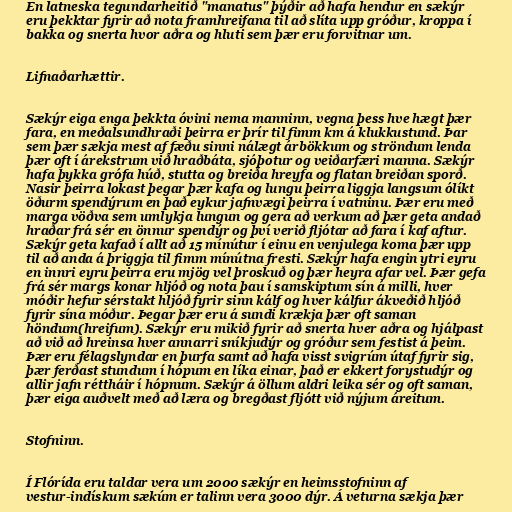
En latneska tegundarheitið "manatus" þýðir að hafa hendur en sækýr
eru þekktar fyrir að nota framhreifana til að slíta upp gróður, kroppa í
bakka og snerta hvor aðra og hluti sem þær eru forvitnar um.

Lifnaðarhættir.

Sækýr eiga enga þekkta óvini nema manninn, vegna þess hve hægt þær
fara, en meðalsundhraði þeirra er þrír til fimm km á klukkustund. Þar
sem þær sækja mest af fæðu sinni nálægt árbökkum og ströndum lenda
þær oft í árekstrum við hraðbáta, sjóþotur og veiðarfæri manna. Sækýr
hafa þykka grófa húð, stutta og breiða hreyfa og flatan breiðan sporð.
Nasir þeirra lokast þegar þær kafa og lungu þeirra liggja langsum ólíkt
öðurm spendýrum en það eykur jafnvægi þeirra í vatninu. Þær eru með
marga vöðva sem umlykja lungun og gera að verkum að þær geta andað
hraðar frá sér en önnur spendýr og því verið fljótar að fara í kaf aftur.
Sækýr geta kafað í allt að 15 mínútur í einu en venjulega koma þær upp
til að anda á þriggja til fimm mínútna fresti. Sækýr hafa engin ytri eyru
en innri eyru þeirra eru mjög vel þroskuð og þær heyra afar vel. Þær gefa
frá sér margs konar hljóð og nota þau í samskiptum sín á milli, hver
móðir hefur sérstakt hljóð fyrir sinn kálf og hver kálfur ákveðið hljóð
fyrir sína móður. Þegar þær eru á sundi krækja þær oft saman
höndum(hreifum). Sækýr eru mikið fyrir að snerta hver aðra og hjálpast
að við að hreinsa hver annarri sníkjudýr og gróður sem festist á þeim.
Þær eru félagslyndar en þurfa samt að hafa visst svigrúm útaf fyrir sig,
þær ferðast stundum í hópum en líka einar, það er ekkert forystudýr og
allir jafn réttháir í hópnum. Sækýr á öllum aldri leika sér og oft saman,
þær eiga auðvelt með að læra og bregðast fljótt við nýjum áreitum.

Stofninn.

Í Flórída eru taldar vera um 2000 sækýr en heimsstofninn af
vestur-indískum sækúm er talinn vera 3000 dýr. Á veturna sækja þær